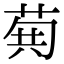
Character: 𮏐